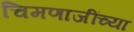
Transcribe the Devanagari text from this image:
चिमणाजींच्या